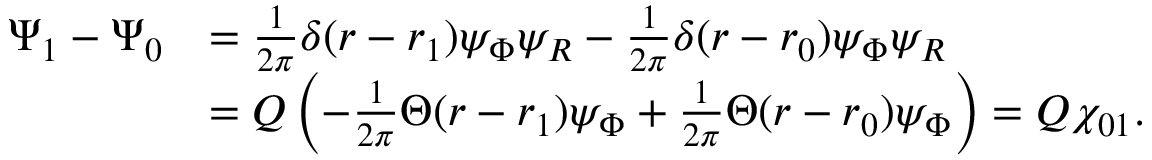
\begin{array} { r l } { \Psi _ { 1 } - \Psi _ { 0 } } & { = \frac { 1 } { 2 \pi } \delta ( r - r _ { 1 } ) \psi _ { \Phi } \psi _ { R } - \frac { 1 } { 2 \pi } \delta ( r - r _ { 0 } ) \psi _ { \Phi } \psi _ { R } } \\ & { = Q \left( - \frac { 1 } { 2 \pi } \Theta ( r - r _ { 1 } ) \psi _ { \Phi } + \frac { 1 } { 2 \pi } \Theta ( r - r _ { 0 } ) \psi _ { \Phi } \right) = Q \chi _ { 0 1 } . } \end{array}